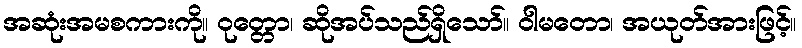
အဆုံးအမစကားကို။ ဝုတ္တော၊ ဆိုအပ်သည်ရှိသော်။ ဝါမတော၊ အယုတ်အားဖြင့်။